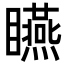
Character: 𥍂